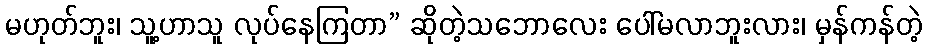
မဟုတ်ဘူး၊ သူ့ဟာသူ လုပ်နေကြတာ” ဆိုတဲ့သဘောလေး ပေါ်မလာဘူးလား၊ မှန်ကန်တဲ့